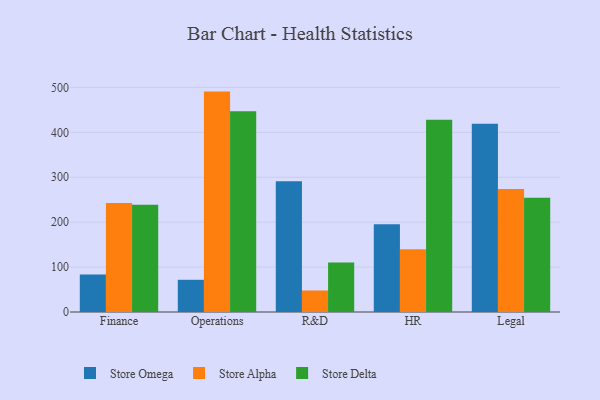
{"axis": {"x": "Department", "y": "Humidity (%)"}, "legend": ["Store Alpha", "Store Delta", "Store Omega"], "data": [{"x": "Finance", "y": 83.5, "type": "Store Omega"}, {"x": "Finance", "y": 242.8, "type": "Store Alpha"}, {"x": "Finance", "y": 238.8, "type": "Store Delta"}, {"x": "Operations", "y": 71.7, "type": "Store Omega"}, {"x": "Operations", "y": 490.8, "type": "Store Alpha"}, {"x": "Operations", "y": 447.0, "type": "Store Delta"}, {"x": "R&D", "y": 291.0, "type": "Store Omega"}, {"x": "R&D", "y": 47.9, "type": "Store Alpha"}, {"x": "R&D", "y": 110.5, "type": "Store Delta"}, {"x": "HR", "y": 195.6, "type": "Store Omega"}, {"x": "HR", "y": 140.0, "type": "Store Alpha"}, {"x": "HR", "y": 427.9, "type": "Store Delta"}, {"x": "Legal", "y": 419.2, "type": "Store Omega"}, {"x": "Legal", "y": 274.0, "type": "Store Alpha"}, {"x": "Legal", "y": 254.6, "type": "Store Delta"}]}